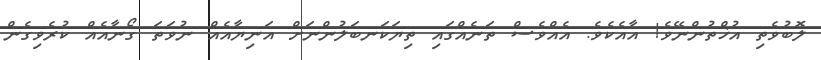
ލޮބުވެތި އުޚްތުންނޭވެ! އާއެކެވެ. އެއްވެސް ތަނެއްގައި ތިޔަކަނބަލުންނަށް އަނިޔާއެއް ނުވަތަ ގޯނާއެއް ކުރެވިގެން